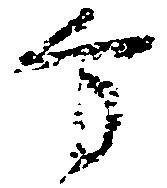
方